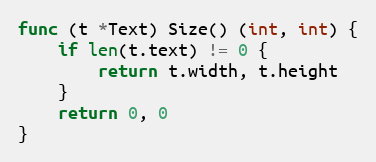
Language: Go
func (t *Text) Size() (int, int) {
	if len(t.text) != 0 {
		return t.width, t.height
	}
	return 0, 0
}